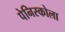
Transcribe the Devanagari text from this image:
पेनिस्कोला